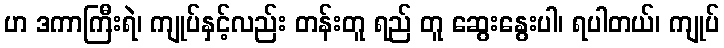
ဟ ဒကာကြီးရဲ၊ ကျုပ်နှင့်လည်း တန်းတူ ရည် တူ ဆွေးနွေးပါ၊ ရပါတယ်၊ ကျုပ်